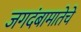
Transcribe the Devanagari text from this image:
जगदंबामातेचे